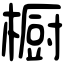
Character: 橱